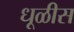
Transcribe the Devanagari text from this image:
धूळीस